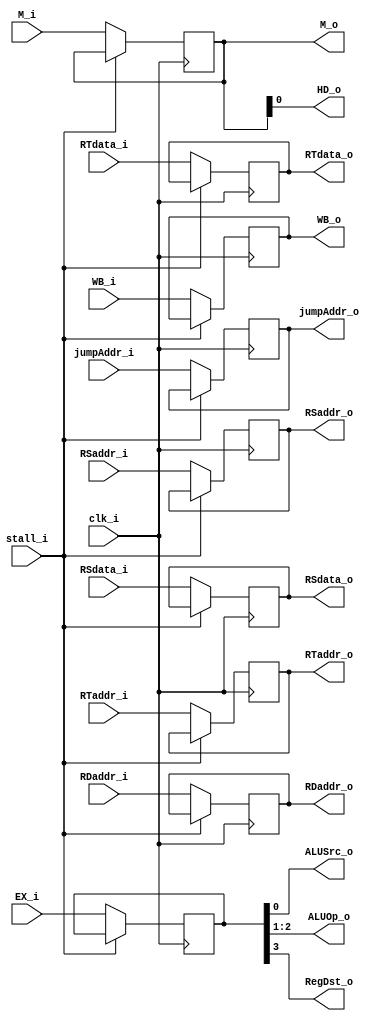
module ID_EX
(
	clk_i,
	WB_i,
	M_i,
	EX_i,
	RSaddr_i,
	RTaddr_i,
	RDaddr_i,
	RSdata_i,
	RTdata_i,
	jumpAddr_i,
	stall_i,
	RTaddr_o,
	RSaddr_o,
	RDaddr_o,
	jumpAddr_o,
	RSdata_o,
	RTdata_o,
	WB_o,
	M_o,
	HD_o,
	ALUSrc_o,
	ALUOp_o,
	RegDst_o
);

input 			clk_i,stall_i;
input	[1:0]	WB_i,M_i;
input	[3:0]	EX_i;
input 	[4:0]	RSaddr_i,RTaddr_i,RDaddr_i;
input	[31:0]	RSdata_i,RTdata_i,jumpAddr_i;
output	[4:0]	RSaddr_o,RTaddr_o,RDaddr_o;
output	[31:0]	RSdata_o,RTdata_o,jumpAddr_o;
output	[1:0]	WB_o,M_o,ALUOp_o;
output			HD_o,ALUSrc_o,RegDst_o;

reg		[1:0]	wb,m;
reg		[3:0]	ex;
reg	 	[4:0]	RSaddr,RTaddr,RDaddr;
reg		[31:0]	RSdata,RTdata,jumpAddr;

assign WB_o=wb;
assign M_o=m;
assign HD_o=m[0];
assign RSaddr_o=RSaddr;
assign RTaddr_o=RTaddr;
assign RDaddr_o=RDaddr;
assign RSdata_o=RSdata;
assign RTdata_o=RTdata;
assign jumpAddr_o=jumpAddr;
assign ALUSrc_o=ex[0];
assign ALUOp_o=ex[2:1];
assign RegDst_o=ex[3];

initial begin
	wb=2'b0;
	m=2'b0;
	ex=4'b0;
	RSaddr=5'b0;
	RTaddr=5'b0;
	RDaddr=5'b0;
	RSdata=32'b0;
	RTdata=32'b0;
	jumpAddr=32'b0;
end

always@(posedge clk_i)begin
	if(~stall_i)begin
		wb <=WB_i;
		m <= M_i;
		ex <= EX_i;
		RSaddr <= RSaddr_i;
		RTaddr <= RTaddr_i;
		RDaddr <= RDaddr_i;
		RSdata <= RSdata_i;
		RTdata <= RTdata_i;
		jumpAddr <= jumpAddr_i;
	end
end

endmodule